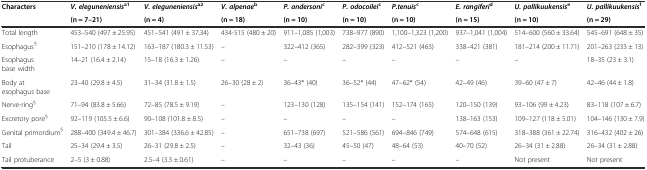
<table><thead><tr><td rowspan="2"><b>Characters</b></td><td><b><i>V. eleguneniensis</i><sup>a1</sup></b></td><td><b><i>V. eleguneniensis</i><sup>a2</sup></b></td><td><b><i>V. alpenae</i><sup>b</sup></b></td><td><b><i>P. andersoni</i><sup>c</sup></b></td><td><b><i>P. odocoilei</i><sup>c</sup></b></td><td><b><i>P.</i><i>tenuis</i><sup>c</sup></b></td><td><b><i>E. rangiferi</i><sup>d</sup></b></td><td><b><i>U. pallikuukensis</i><sup>e</sup></b></td><td><b><i>U. pallikuukensis</i><sup>f</sup></b></td></tr><tr><td><b>(n = 7–21)</b></td><td><b>(n = 4)</b></td><td><b>(n = 18)</b></td><td><b>(n = 10)</b></td><td><b>(n = 10)</b></td><td><b>(n = 10)</b></td><td><b>(n = 15)</b></td><td><b>(n = 10)</b></td><td><b>(n = 29)</b></td></tr></thead><tbody><tr><td>Total length</td><td>453–540 (497 ± 25.95)</td><td>451–541 (491 ± 37.34)</td><td>434-515 (480 ± 20)</td><td>911–1,085 (1,003)</td><td>738–977 (890)</td><td>1,100–1,323 (1,200)</td><td>937–1,041 (1,004)</td><td>514–600 (560 ± 33.64)</td><td>545–691 (648 ± 35)</td></tr><tr><td>Esophagus<sup>§</sup></td><td>151–210 (178 ± 14.12)</td><td>163–187 (180.3 ± 11.53)</td><td>–</td><td>322–412 (365)</td><td>282–399 (323)</td><td>412–521 (463)</td><td>338–421 (381)</td><td>181–214 (200 ± 11.71)</td><td>201–263 (233 ± 13)</td></tr><tr><td>Esophagus base width</td><td>14–21 (16.4 ± 2.14)</td><td>15–18 (16.3 ± 1.26)</td><td>–</td><td>–</td><td>–</td><td>–</td><td>–</td><td>–</td><td>18–35 (23 ± 3.1)</td></tr><tr><td>Body at esophagus base</td><td>23–40 (29.8 ± 4.5)</td><td>31–34 (31.8 ± 1.5)</td><td>26–30 (28 ± 2)</td><td>36–43* (40)</td><td>36–52* (44)</td><td>47–62* (54)</td><td>42–49 (46)</td><td>39–60 (47 ± 7)</td><td>42–46 (44 ± 1.8)</td></tr><tr><td>Nerve-ring<sup>§</sup></td><td>71–94 (83.8 ± 5.66)</td><td>72–85 (78.5 ± 9.19)</td><td>–</td><td>123–130 (128)</td><td>135–154 (141)</td><td>152–174 (165)</td><td>120–150 (139)</td><td>93–106 (99 ± 4.23)</td><td>83–118 (107 ± 6.7)</td></tr><tr><td>Excretory pore<sup>§</sup></td><td>92–119 (105.5 ± 6.6)</td><td>90–108 (101.8 ± 8.5)</td><td>–</td><td>–</td><td>–</td><td>–</td><td>138–163 (153)</td><td>109–127 (118 ± 5.01)</td><td>104–146 (130 ± 7.9)</td></tr><tr><td>Genital primordium<sup>§</sup></td><td>288–400 (349.4 ± 46.7)</td><td>301–384 (336.6 ± 42.85)</td><td>–</td><td>651–738 (697)</td><td>521–586 (561)</td><td>694–846 (749)</td><td>574–648 (615)</td><td>318–388 (361 ± 22.74)</td><td>316–432 (402 ± 26)</td></tr><tr><td>Tail</td><td>25–34 (29.4 ± 3.5)</td><td>26–31 (29.8 ± 2.5)</td><td>–</td><td>32–43 (36)</td><td>45–50 (47)</td><td>48–64 (53)</td><td>40–70 (52)</td><td>26–34 (31 ± 2.88)</td><td>26–34 (31 ± 2.88)</td></tr><tr><td>Tail protuberance</td><td>2–5 (3 ± 0.88)</td><td>2.5–4 (3.3 ± 0.61)</td><td>–</td><td>–</td><td>–</td><td>–</td><td>–</td><td>Not present</td><td>Not present</td></tr></tbody></table>